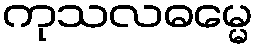
ကုသလဓမ္မေ